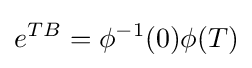
e^{TB}=\phi ^{-1}(0)\phi (T)